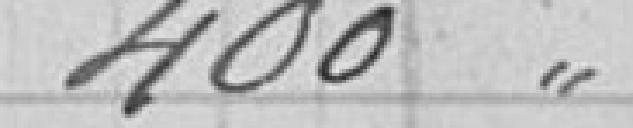
400